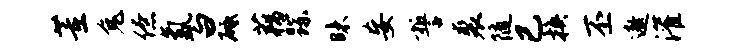
董兔僚氲白砥藕踪昧妄誓裘随已换丕遨灌